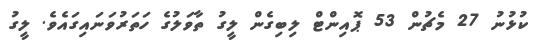
ކުޅުނު 27 މެޗުން 53 ޕޮއިންޓް ލިބިގެން ލީގު ތާވަލުގެ ހަތަރުވަނައިގައެވެ. ލީގު